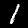
Label: 1